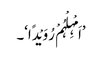
’اَمْہِلْہُمْ رُوَیْدًا‘۔